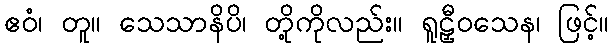
ဧဝံ၊ တူ။ သေသာနိပိ၊ တို့ကိုလည်း။ ရူဠှီဝသေန၊ ဖြင့်။